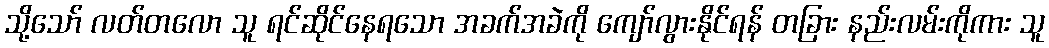
သို့သော် လတ်တလော သူ ရင်ဆိုင်နေရသော အခက်အခဲကို ကျော်လွားနိုင်ရန် တခြား နည်းလမ်းကိုကား သူ